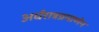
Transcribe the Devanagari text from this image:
अर्धरात्रप्रमाणेन